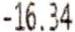
-16.34